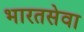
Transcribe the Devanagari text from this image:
भारतसेवा